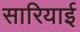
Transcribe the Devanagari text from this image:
सारियाई